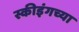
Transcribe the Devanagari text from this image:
स्कीइंगच्या